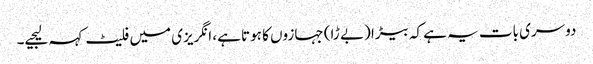
دوسری بات یہ ہے کہ بیڑا (بے ڑا) جہازوں کا ہوتا ہے، انگریزی میں فلیٹ کہہ لیجیے۔